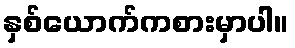
နှစ်ယောက်ကစားမှာပါ။